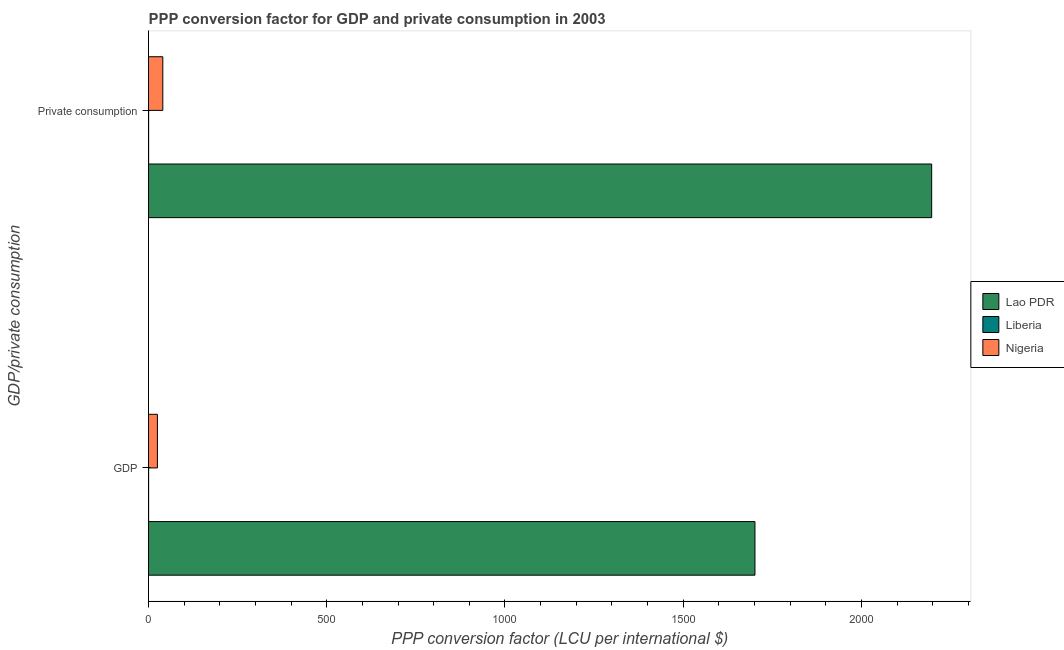
| GDP/private consumption | Lao PDR | Liberia | Nigeria |
 | --- | --- | --- | --- |
 | GDP | 1.7e+03 | 0.275 | 25 |
 |  Private consumption | 2.2e+03 | 0.331 | 40.1 |